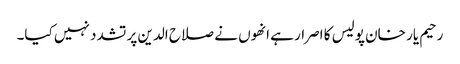
رحیم یار خان پولیس کا اصرار ہے انھوں نے صلاح الدین پر تشدد نہیں کیا۔